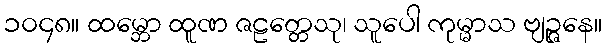
၁၀၄၈။ ထမ္ဘော ထူဏ ဇဠတ္တေသု၊ သူပေါ ကုမ္မာသ ဗျဉ္ဇနေ။